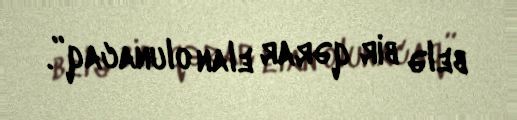
belə bir qərar elan olunacaq”.